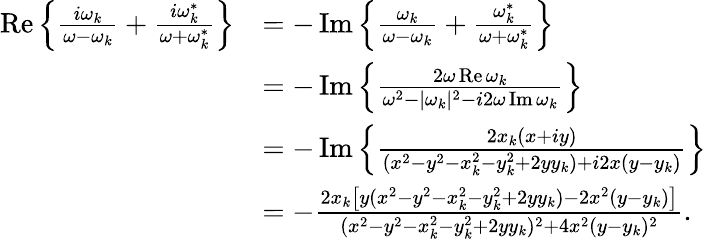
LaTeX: \begin{array}{rl}{\operatorname{Re}\left\{ \frac{i\omega_{k}}{\omega-\omega_{k}}+\frac{i\omega_{k}^{*}}{\omega+\omega_{k}^{*}}\right\} }&{=-\operatorname{Im}\left\{ \frac{\omega_{k}}{\omega-\omega_{k}}+\frac{\omega_{k}^{*}}{\omega+\omega_{k}^{*}}\right\} }\\ &{=-\operatorname{Im}\left\{ \frac{2\omega\operatorname{Re}\omega_{k}}{\omega^{2}-|\omega_{k}|^{2}-i2\omega\operatorname{Im}\omega_{k}}\right\} }\\ &{=-\operatorname{Im}\left\{ \frac{2x_{k}(x+iy)}{(x^{2}-y^{2}-x_{k}^{2}-y_{k}^{2}+2yy_{k})+i2x(y-y_{k})}\right\} }\\ &{=-\frac{2x_{k}\left[y(x^{2}-y^{2}-x_{k}^{2}-y_{k}^{2}+2yy_{k})-2x^{2}(y-y_{k})\right]}{(x^{2}-y^{2}-x_{k}^{2}-y_{k}^{2}+2yy_{k})^{2}+4x^{2}(y-y_{k})^{2}}.}\end{array}